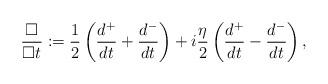
LaTeX: \begin{align*}\frac{\Box}{\Box t}:=\frac{1}{2}\left(\frac{d^+}{dt}+\frac{d^-}{dt}\right)+i\frac{\eta}{2}\left(\frac{d^+}{dt}-\frac{d^-}{dt}\right),\end{align*}